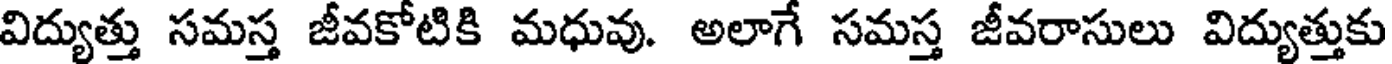
విద్యుత్తు సమస్త జీవకోటికి మధువు. అలాగే సమస్త జీవరాసులు విద్యుత్తుకు